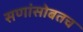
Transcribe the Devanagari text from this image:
सणांसोबतच